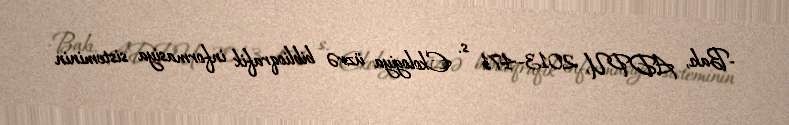
-Bakı, ADPU, 2013–471 s. Ekologiya üzrə biblioqrafik informasiya sisteminin